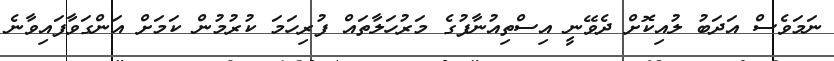
ނަމަވެސް އަދަބު ލުއިކޮށް ދެވޭނީ އިސްތިއުނާފުގެ މަރުހަލާތައް ފުރިހަމަ ކުރުމުން ކަމަށް އަންގަވާފައިވާނެ